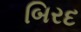
બિરદ